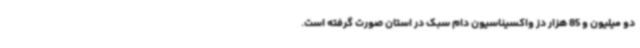
دو میلیون و 85 هزار دز واکسیناسیون دام سبک در استان صورت گرفته است.